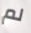
لم